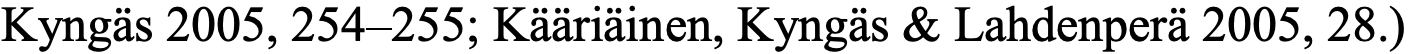
Kyngäs 2005, 254–255; Kääriäinen, Kyngäs & Lahdenperä 2005, 28.)